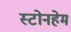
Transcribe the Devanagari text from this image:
स्टोनहेम